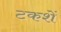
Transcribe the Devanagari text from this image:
टकशें